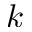
k